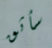
سأثق